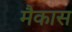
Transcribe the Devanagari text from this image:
मैकास